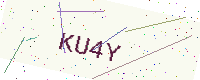
Text: KU4Y